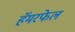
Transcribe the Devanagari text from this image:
हॅमरफेल